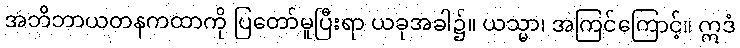
အဘိဘာယတနကထာကို ပြတော်မူပြီးရာ ယခုအခါ၌။ ယသ္မာ၊ အကြင်ကြောင့်။ ဣဒံ